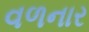
વળનાર